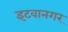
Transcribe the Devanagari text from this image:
इटवानगर